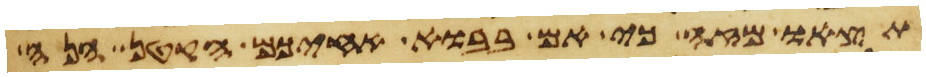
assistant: תצאו מזה כי אם בבוא אחיכם הקטן הנה